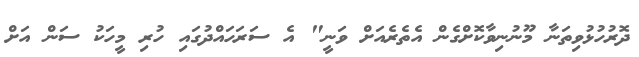
ދޮރުހުޅުވިތަނާ މޫނުނިވާކޮށްގެން އެތެރެއަށް ވަނީ" އެ ސަރަހައްދުގައި ހުރި މީހަކު ސަން އަށް